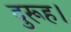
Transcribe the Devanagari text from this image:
दुरूह।